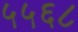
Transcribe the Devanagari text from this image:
५५६८